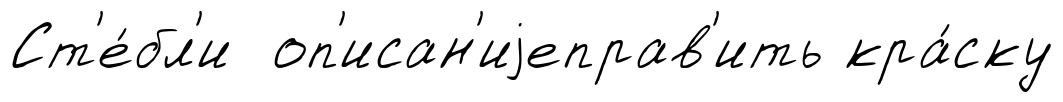
Ст'е́бл'и оп'исан'иjеправ'ить кра́ску